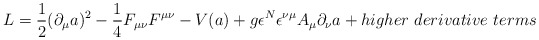
\begin{align*}L = {1\over{2}}(\partial_{\mu} a)^2 - {1 \over 4}F_{\mu\nu}F^{\mu\nu}- V(a) +g{\epsilon^N}\epsilon^{\nu\mu}A_{\mu}\partial_{\nu}a+ higher ~derivative~ terms\end{align*}